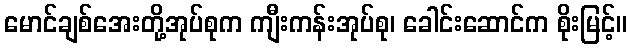
မောင်ချစ်အေးတို့အုပ်စုက ကျီးကန်းအုပ်စု၊ ခေါင်းဆောင်က စိုးမြင့်။